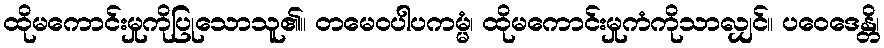
ထိုမကောင်းမှုကိုပြုသောသူ၏။ တမေဝပါပကမ္မံ၊ ထိုမကောင်းမှုကံကိုသာလျှင်။ ပဝေဒေန္တိ၊